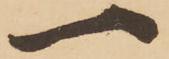
一